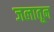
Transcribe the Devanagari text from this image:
जलातून